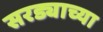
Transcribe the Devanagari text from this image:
सरड्याच्या